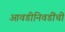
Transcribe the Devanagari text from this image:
आवडीनिवडींची